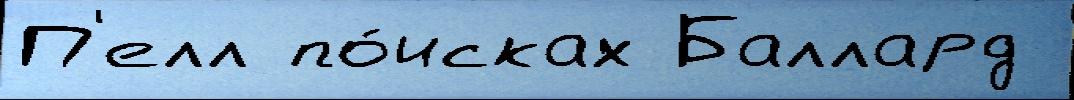
П'елл по́исках Баллард